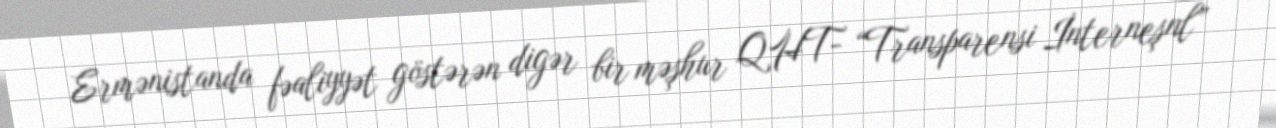
Ermənistanda fəaliyyət göstərən digər bir məşhur QHT- “Transparensi İnterneşnl”